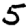
Digit: 5